Vaccination in Bombay 1863-1868 - 1863-1868
Year: 1863
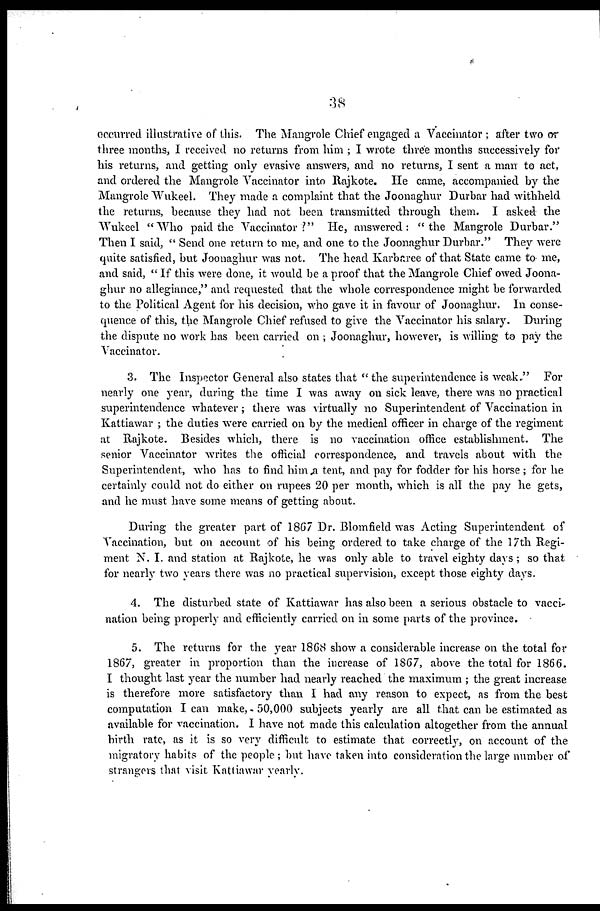
38
occurred illustrative of this. The Mangrole Chief engaged a Vaccinator ; after two or
three months, I received no returns from him ; I wrote three months successively for
his returns, and getting only evasive answers, and no returns, I sent a man to act,
and ordered the Mangrole Vaccinator into Rajkote. He came, accompanied by the
Mangrole Wukeel. They made a complaint that the Joonaghur Durbar had withheld
the returns, because they had not been transmitted through them. I asked the
Wukeel "Who paid the Vaccinator?" He, answered: "the Mangrole Durbar."
Then I said, " Send one return to me, and one to the Joonaghur Durbar." They were
quite satisfied, but Joonaghur was not. The head Karbaree of that State came to me,
and said, " If this were done, it would be a proof that the Mangrole Chief owed Joona-
ghur no allegiance," and requested that the whole correspondence might be forwarded
to the Political Agent for his decision, who gave it in favour of Joonaghur. In conse-
quence of this, the Mangrole Chief refused to give the Vaccinator his salary. During
the dispute no work has been carried on ; Joonaghur, however, is willing to pay the
Vaccinator.
3. The Inspector General also states that " the superintendence is weak." For
nearly one year, during the time I was away on sick leave, there was no practical
superintendence whatever ; there was virtually no Superintendent of Vaccination in
Kattiawar ; the duties were carried on by the medical officer in charge of the regiment
at Rajkote. Besides which, there is no vaccination office establishment. The
senior Vaccinator writes the official correspondence, and travels about with the
Superintendent, who has to find him a tent, and pay for fodder for his horse ; for he
certainly could not do either on rupees 20 per month, which is all the pay he gets,
and he must have some means of getting about.
During the greater part of 1867 Dr. Blomfield was Acting Superintendent of
Vaccination, but on account of his being ordered to take charge of the 17th Regi-
ment N. I. and station at Rajkote, he was only able to travel eighty days ; so that
for nearly two years there was no practical supervision, except those eighty days.
4. The disturbed state of Kattiawar has also been a serious obstacle to vacci-
nation being properly and efficiently carried on in some parts of the province.
5. The returns for the year 1868 show a considerable increase on the total for
1867, greater in proportion than the increase of 1867, above the total for 1866.
I thought last year the number had nearly reached the maximum ; the great increase
is therefore more satisfactory than I had any reason to expect, as from the best
computation I can make, 50,000 subjects yearly are all that can be estimated as
available for vaccination. I have not made this calculation altogether from the annual
birth rate, as it is so very difficult to estimate that correctly, on account of the
migratory habits of the people; but have taken into consideration the large number of
strangers that visit Kattiawar yearly.